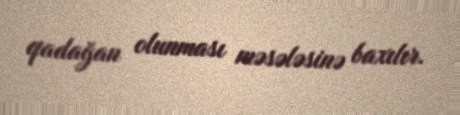
qadağan olunması məsələsinə baxılır.